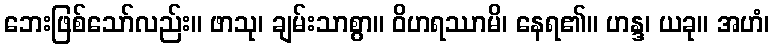
ဘေးဖြစ်သော်လည်း။ ဖာသု၊ ချမ်းသာစွာ။ ဝိဟရဿာမိ၊ နေရ၏။ ဟန္ဒ၊ ယခု။ အဟံ၊